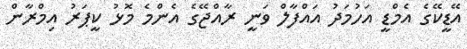
އޭޑީކޭގެ އެމްޑީ އަހުމަދު އައްފާލް ވަނީ ރާއްޖޭގެ އެންމެ މޮޅު ކީޕަރު އިމްރާން